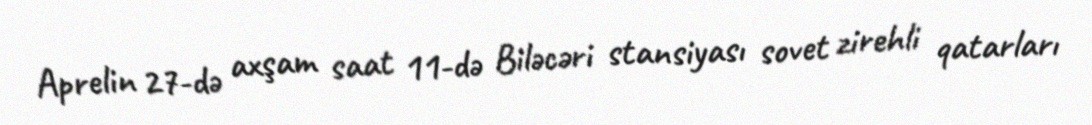
Aprelin 27-də axşam saat 11-də Biləcəri stansiyası sovet zirehli qatarları